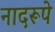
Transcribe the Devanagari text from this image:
नादरूपे